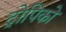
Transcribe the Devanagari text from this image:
ट्रोपिको